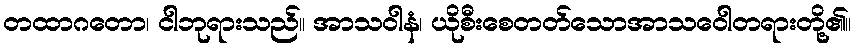
တထာဂတော၊ ငါဘုရားသည်။ အာသဝါနံ၊ ယိုစီးစေတတ်သောအာသဝေါတရားတို့၏။